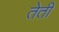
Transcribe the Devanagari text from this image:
तेती